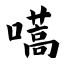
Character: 嚆